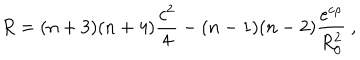
R = ( n + 3 ) ( n + 4 ) \frac { c ^ { 2 } } { 4 } - ( n - 1 ) ( n - 2 ) \frac { e ^ { c \rho } } { R _ { 0 } ^ { 2 } } ~ ,